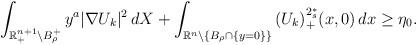
LaTeX: \begin{align*}\int_{\mathbb{R}^{n+1}_+\setminus B_\rho^+}{y^a|\nabla U_k|^2\,dX}+\int_{\mathbb{R}^n\setminus\{B_\rho\cap\{y=0\}\}}{(U_k)_+^{2^*_s}(x,0)\,dx}\geq \eta_0.\end{align*}